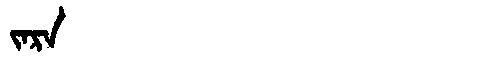
Manchu: ᠵᠠᡵᠠ
Romanization: JARA